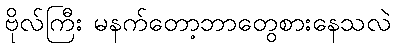
ဗိုလ်ကြီး မနက်တော့ဘာတွေစားနေသလဲ